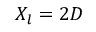
X _ { l } = 2 D